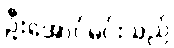
ဦးအောင်မင်းသည်